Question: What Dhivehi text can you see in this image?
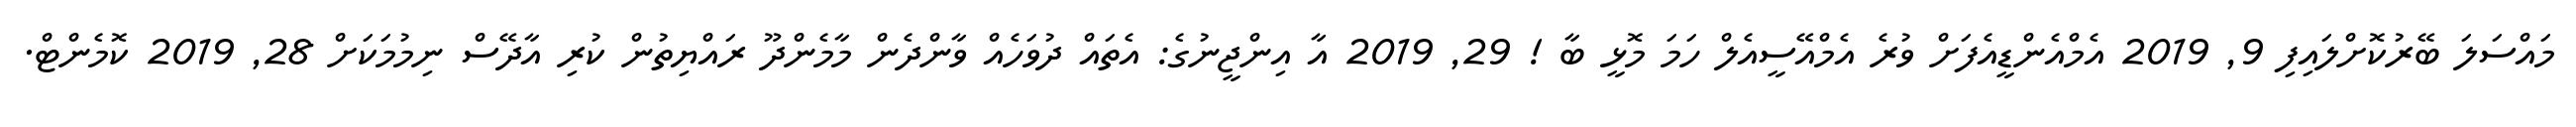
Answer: މައްސަލަ ބޭރުކޮށްލައިފި 9, 2019 އެމްއެންޑީއެފަށް ވުރެ އެމްއޭސީއެލް ހަމަ މޮޅީ ބާ ! 29, 2019 އާ އިންޖީނުގެ: އެތައް ދުވަހެއް ވާންދެން މާމެންދޫ ރައްޔިތުން ކުރި އާދޭސް ނިމުމަކަށް 28, 2019 ކޮމެންޓް.